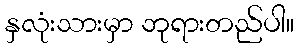
နှလုံးသားမှာ ဘုရားတည်ပါ။